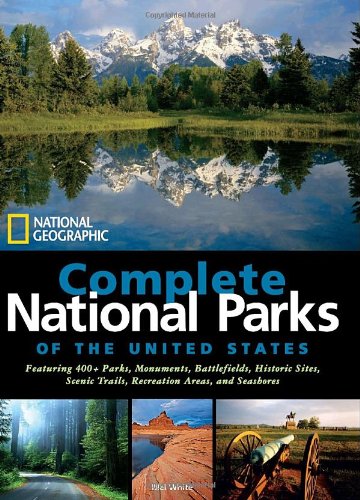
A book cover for National Geographic Complete National Parks of the United States; Mel White; Travel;